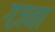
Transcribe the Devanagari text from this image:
गज़ना